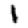
Digit: 1